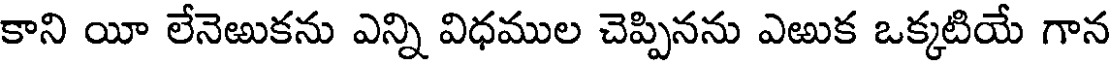
కాని యీ లేనెఱుకను ఎన్ని విధముల చెప్పినను ఎఱుక ఒక్కటియే గాన